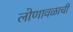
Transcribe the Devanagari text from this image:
लोणावळाची